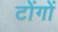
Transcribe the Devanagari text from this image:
टोंगों